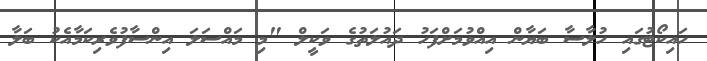
ހައިކޯޓުގައި ހުލާސާ ބަޔާން އިއްވުމަށްފަހު ދައުލަތުގެ ވަކީލް "މި މައްސަލަ އިންސާފުވެރިކަމާއެކު ބަލާ